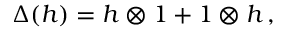
\Delta ( h ) = h \otimes 1 + 1 \otimes h \, ,